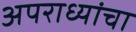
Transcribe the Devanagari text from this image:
अपराध्यांचा